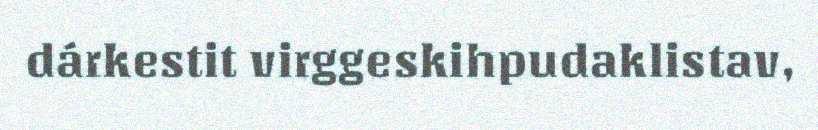
dárkestit virggeskihpudaklistav,